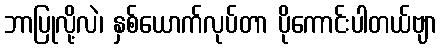
ဘာပြုလို့လဲ၊ နှစ်ယောက်လုပ်တာ ပိုကောင်းပါတယ်ဗျာ